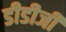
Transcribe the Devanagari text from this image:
डीडीजी